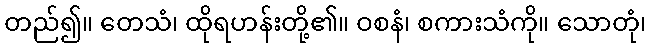
တည်၍။ တေသံ၊ ထိုရဟန်းတို့၏။ ဝစနံ၊ စကားသံကို။ သောတုံ၊